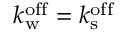
k _ { \mathrm { w } } ^ { \mathrm { o f f } } = k _ { \mathrm { s } } ^ { \mathrm { o f f } }